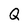
Character: Q